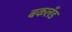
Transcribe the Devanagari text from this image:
बकलँड